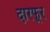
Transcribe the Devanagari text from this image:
दारफूर